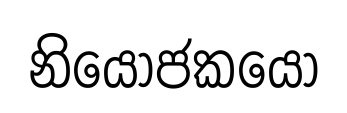
නියෝජකයෝ